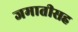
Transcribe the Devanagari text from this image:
जमातीसह